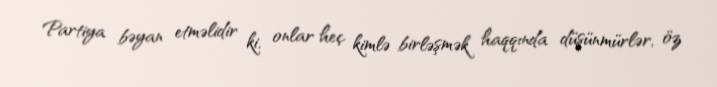
Partiya bəyan etməlidir ki, onlar heç kimlə birləşmək haqqında düşünmürlər, öz